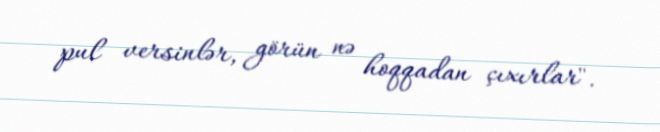
pul versinlər, görün nə hoqqadan çıxırlar".